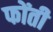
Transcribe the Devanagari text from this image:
फोंती